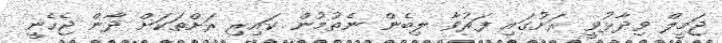
ޖަމީލް ވިދާޅުވީ ރަށުގައި ފަރުވާ ލިބެން ނެތުމުން ކައިރި ރަށްތަކަށް ދާން ޖެހެނީ